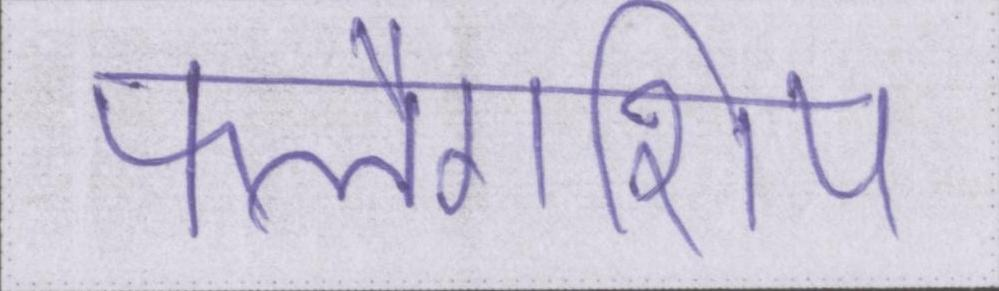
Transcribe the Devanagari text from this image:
फ्लैगशिप